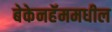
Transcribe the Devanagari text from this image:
बेकेनहॅममधील